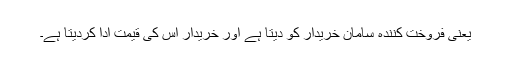
یعنی فروخت کنندہ سامان خریدار کو دیتا ہے اور خریدار اس کی قیمت ادا کردیتا ہے۔